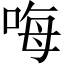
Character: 𠳨